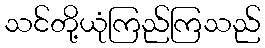
သင်တို့ယုံကြည်ကြသည်